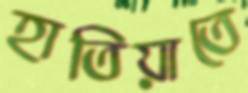
হাতিয়াতে